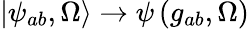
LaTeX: \left|\psi_{ab},\Omega\right.\rangle\rightarrow\psi\left(g_{ab},\Omega\right)